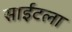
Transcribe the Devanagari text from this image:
साईटला